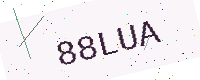
Text: 88LUA